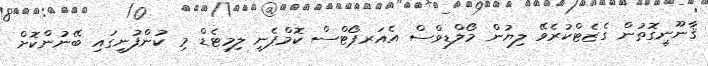
ޤާނޫނީގޮތުން ގެޒެޓްކުރެވޭ ލިޔުން މޯލްޑިވްސް އެއަރޕޯޓްސް ކޮމްޕެނީ ލިމިޓެޑް މި ކުންފުނީގައި ބޭނުންކޮށް